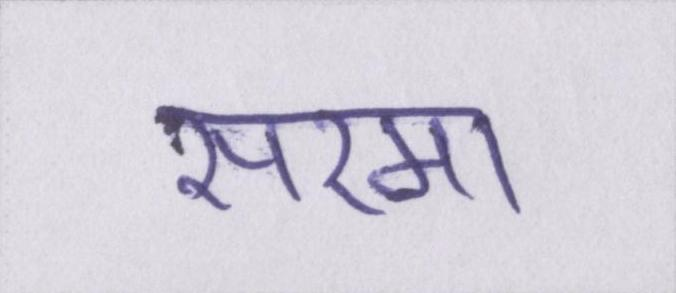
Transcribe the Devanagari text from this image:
सरमा